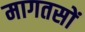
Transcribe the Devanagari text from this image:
मागतसों